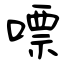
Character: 嘌